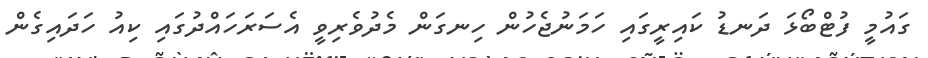
ގައުމީ ފުޓްބޯޅަ ދަނޑު ކައިރީގައި ހަމަނުޖެހުން ހިނގަން މެދުވެރިވީ އެސަރަހައްދުގައި ކިއު ހަދައިގެން